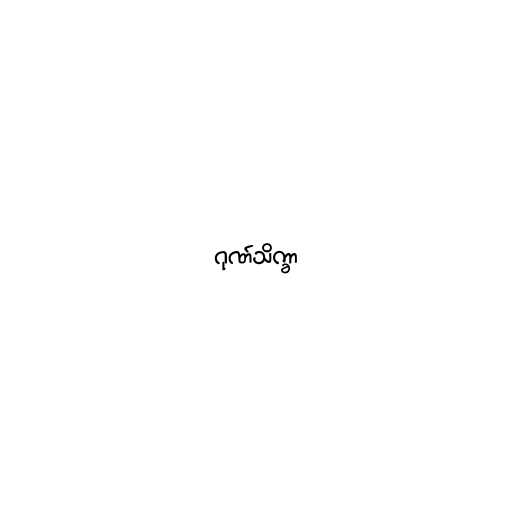
ဂုဏ်သိက္ခာ